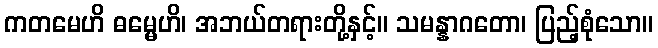
ကတမေဟိ ဓမ္မေဟိ၊ အဘယ်တရားတို့နှင့်။ သမန္နာဂတော၊ ပြည့်စုံသော။